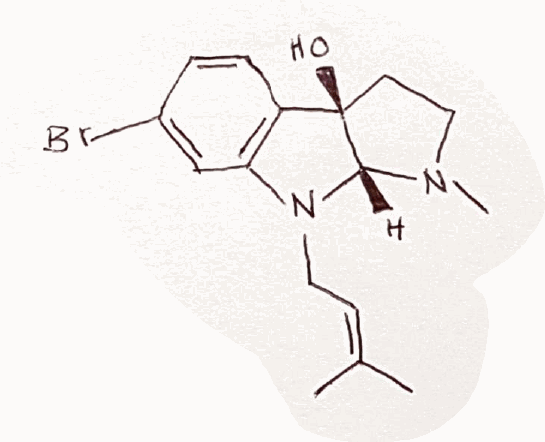
Simplified molecular-input line-entry system (SMILES) notation of the given molecule:
CC(=CCN1[C@@H]2[C@@](CCN2C)(C3=C1C=C(C=C3)Br)O)C